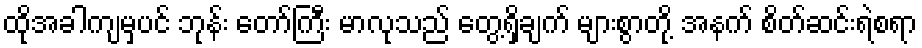
ထိုအခါကျမှပင် ဘုန်း တော်ကြီး မာလုသည် တွေ့ရှိချက် များစွာတို့ အနက် စိတ်ဆင်းရဲစရာ